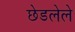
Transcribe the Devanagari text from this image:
छेडलेले